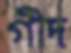
গীদ